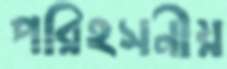
পরিহসনীয়